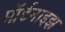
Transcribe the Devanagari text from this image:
मॉर्डनाइझ